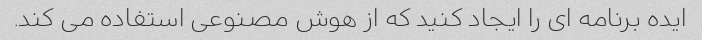
ایده برنامه ای را ایجاد کنید که از هوش مصنوعی استفاده می کند.